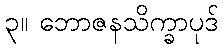
၃။ ဘောဇနသိက္ခာပုဒ်